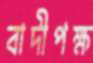
বাদীপক্ষ